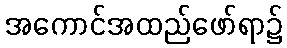
အကောင်အထည်ဖော်ရာ၌